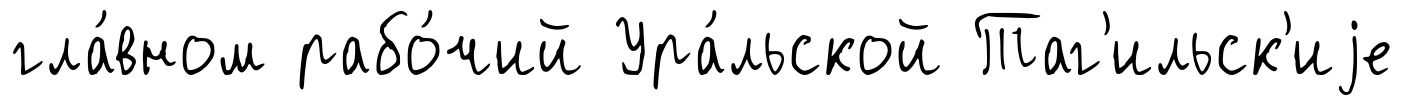
гла́вном рабо́чий Ура́льской Таг'ильск'иjе